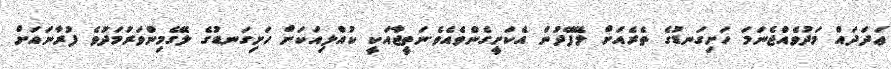
ޢަދަދައް މަދުވެއްޖެނަމަ ހަށިގަނޑުގެ ތެރެއަށް ލޭފޭދުން އެކަށީގެންވެއެވެ.ނަތީޖާއަކީ ކުއްލިއަކަށް ހަށިގަނޑުގެ ލޭގެމިންވަރުމަދުވެ ފުރާނައަށް